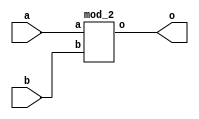
module MOD_IS_EBXE (a,b,o);
   input  a,b ;
   output [2:0] o;
   mod_2 inst(.a(a),.b(b),.o(o));
endmodule

module mod_2(a,b,o);
   input a,b;
   output [2:0] o;
   assign o=a + b;
endmodule